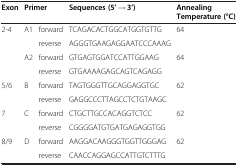
<table><thead><tr><td><b>Exon</b></td><td colspan="2"><b>Primer</b></td><td><b>Sequences (5’ → 3’)</b></td><td><b>Annealing Temperature (°C)</b></td></tr></thead><tbody><tr><td rowspan="4">2-4</td><td rowspan="2">A1</td><td>forward</td><td>TCAGACACTGGCATGGTGTTG</td><td rowspan="2">64</td></tr><tr><td>reverse</td><td>AGGGTGAAGAGGAATCCCAAAG</td></tr><tr><td rowspan="2">A2</td><td>forward</td><td>GTGAGTGGATCCATTGGAAG</td><td rowspan="2">64</td></tr><tr><td>reverse</td><td>GTGAAAAGAGCAGTCAGAGG</td></tr><tr><td rowspan="2">5/6</td><td rowspan="2">B</td><td>forward</td><td>TAGTGGGTTGCAGGAGGTGC</td><td rowspan="2">62</td></tr><tr><td>reverse</td><td>GAGGCCCTTAGCCTCTGTAAGC</td></tr><tr><td rowspan="2">7</td><td rowspan="2">C</td><td>forward</td><td>CTGCTTGCCACAGGTCTCC</td><td rowspan="2">62</td></tr><tr><td>reverse</td><td>CGGGGATGTGATGAGAGGTGG</td></tr><tr><td rowspan="2">8/9</td><td rowspan="2">D</td><td>forward</td><td>AAGGACAAGGGTGGTTGGGAG</td><td rowspan="2">62</td></tr><tr><td>reverse</td><td>CAACCAGGAGCCATTGTCTTTG</td></tr></tbody></table>